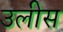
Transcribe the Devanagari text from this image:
उलीस